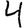
Digit: 4